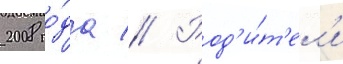
2008 го́да // Род'и́т'ел'и